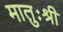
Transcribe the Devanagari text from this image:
मातुःश्री